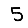
Digit: 5